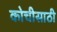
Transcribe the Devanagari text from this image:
कोचीसाठी